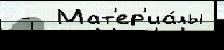
 -  Мат'ер'иа́лы